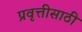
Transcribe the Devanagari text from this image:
प्रवृत्तीसाठी